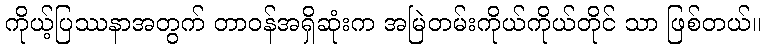
ကိုယ့်ပြဿနာအတွက် တာဝန်အရှိဆုံးက အမြဲတမ်းကိုယ်ကိုယ်တိုင် သာ ဖြစ်တယ်။